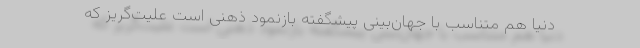
دنیا هم متناسب با جهان‌بینیِ پیشگفته بازنمودِ ذهنی است علیت‌گریز که